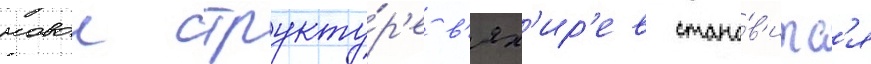
новои структу́р'е в'ях'ир'ев стано́в'итс'я